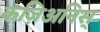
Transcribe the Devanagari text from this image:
कज़िअनिस्